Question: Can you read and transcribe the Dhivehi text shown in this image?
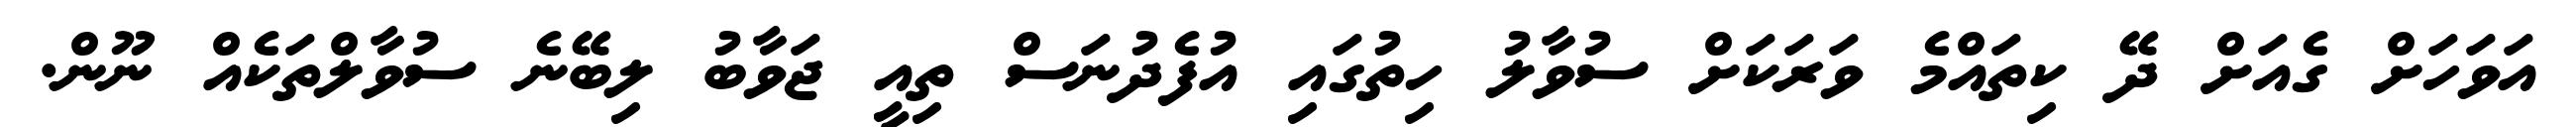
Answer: އަވަހަށް ގެއަށް ދޭ ކިތައްމެ ވަރަކަށް ސުވާލު ހިތުގައި އުފެދުނަސް ތިއީ ޖަވާބު ލިބޭނެ ސުވާލްތަކެއް ނޫން.